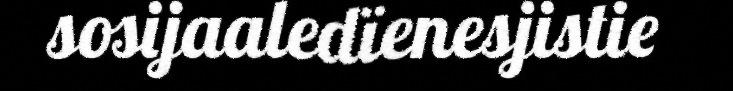
sosijaaledïenesjistie